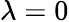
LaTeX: \lambda=0